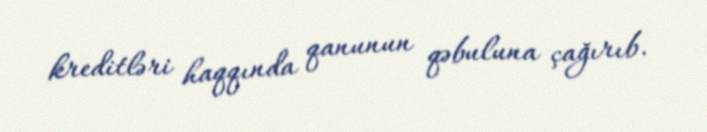
kreditləri haqqında qanunun qəbuluna çağırıb.